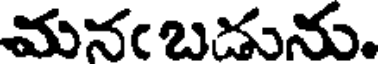
మనఁబడును.